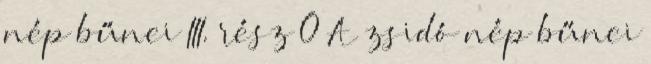
nép bűnei III. rész 0 A zsidó nép bűnei